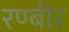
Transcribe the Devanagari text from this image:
रण्बीर